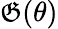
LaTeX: \mathfrak{G}(\theta)